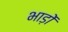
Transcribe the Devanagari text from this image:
भाड़ों